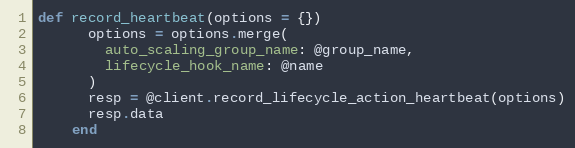
Language: Ruby
def record_heartbeat(options = {})
      options = options.merge(
        auto_scaling_group_name: @group_name,
        lifecycle_hook_name: @name
      )
      resp = @client.record_lifecycle_action_heartbeat(options)
      resp.data
    end